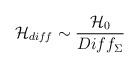
LaTeX: \begin{align*}{\cal H}_{diff} \sim \frac{{\cal H}_{0}}{Diff_{\Sigma}}\end{align*}